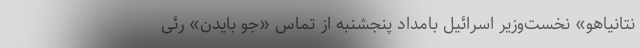
نتانیاهو» نخست‌وزیر اسرائیل بامداد پنجشنبه از تماس «جو بایدن» رئی